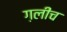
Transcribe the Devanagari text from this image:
ग़लीच